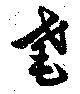
耄